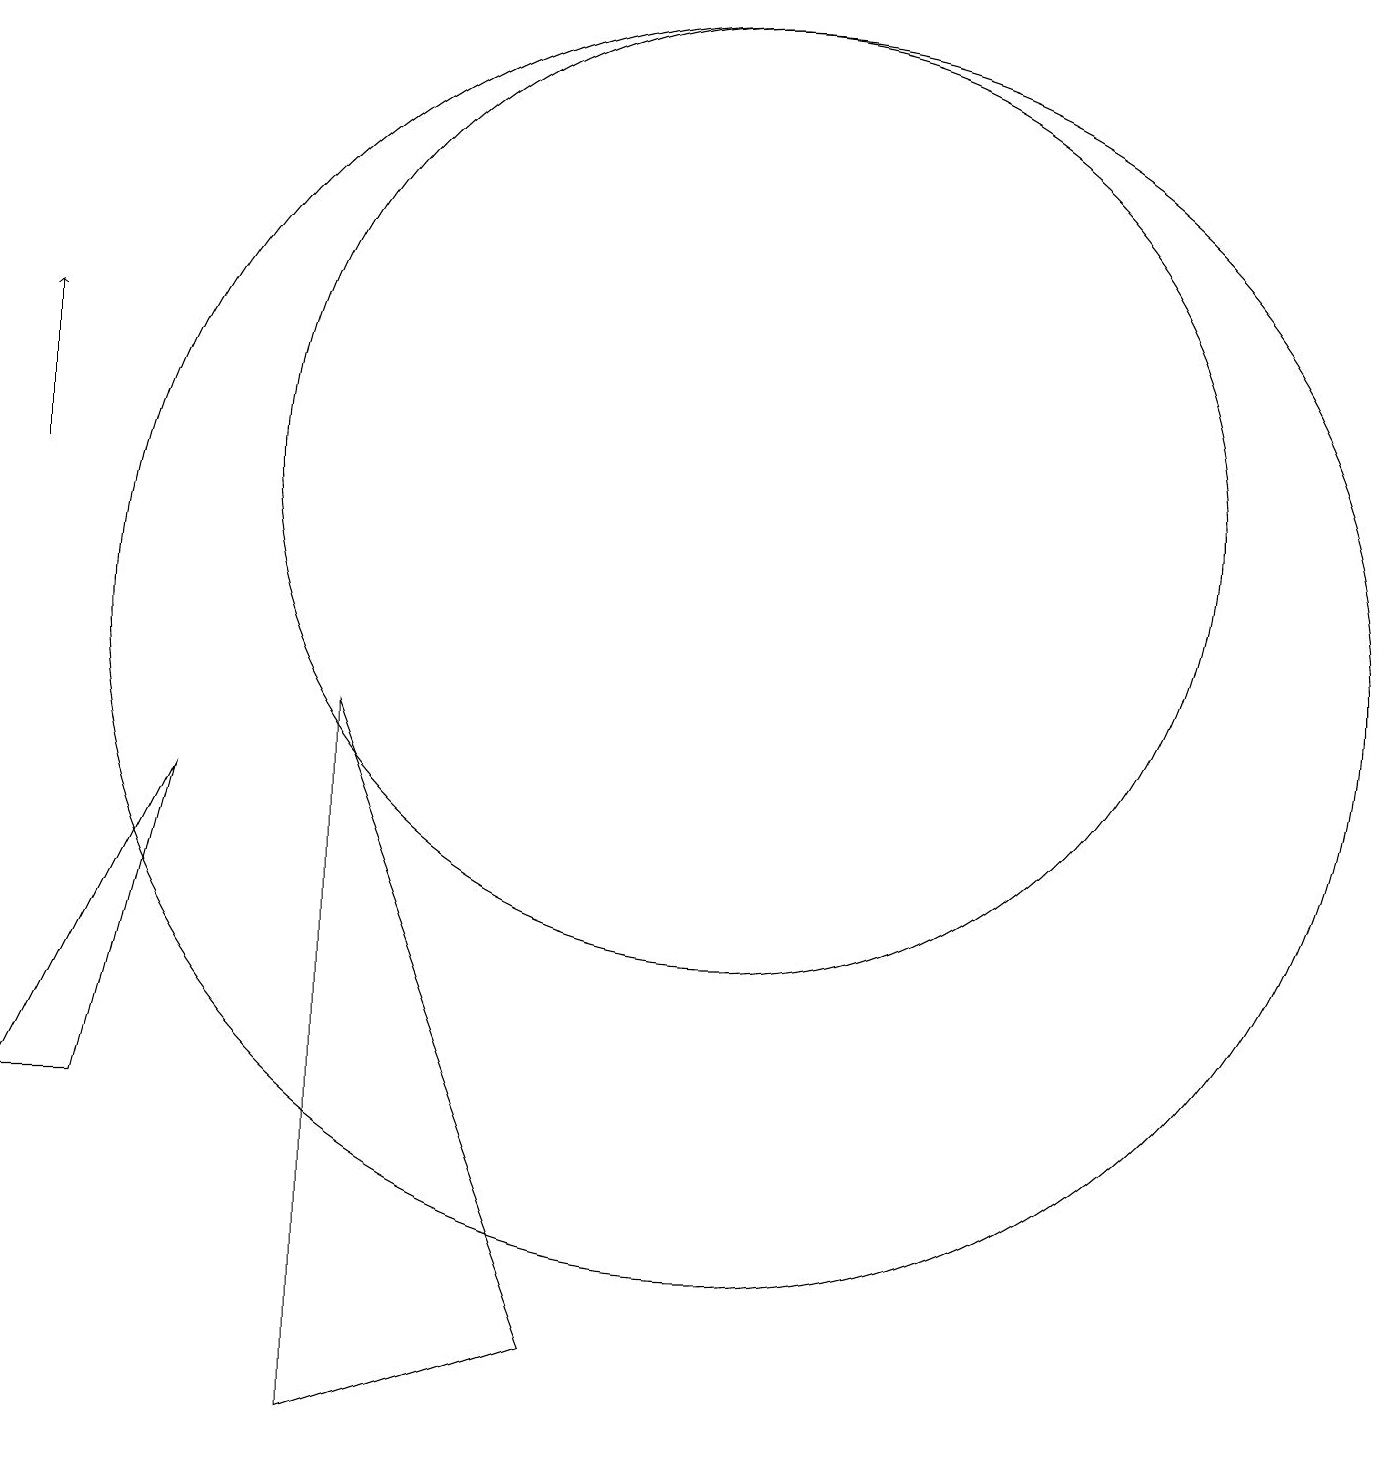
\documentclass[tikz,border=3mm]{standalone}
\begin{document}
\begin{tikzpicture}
\draw (9,1) -- (6,9) -- (6,0) -- cycle;
\draw (12,11) circle (0);
\draw (4,8) -- (3,4) -- (2,4) -- cycle;
\draw[->] (2,12) -- (2,14);
\draw (11,10) circle (8);
\draw (11,12) circle (6);
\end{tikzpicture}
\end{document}